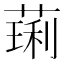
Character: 𫉋